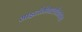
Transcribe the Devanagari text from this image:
साइटोमेगालोवायरस